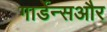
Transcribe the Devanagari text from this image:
गार्डेन्सऔर